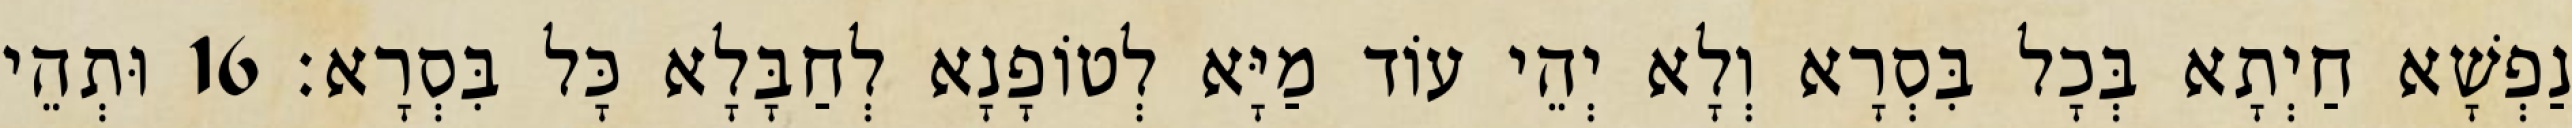
נַפְשָׁא חַיְתָא בְּכָל בִּסְרָא וְלָא יְהֵי עוֹד מַיָּא לְטוֹפָנָא לְחַבָּלָא כָּל בִּסְרָא׃ 16 וּתְהֵי